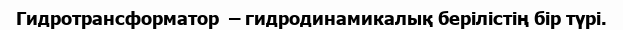
Гидротрансформатор  – гидродинамикалық берілістің бір түрі.